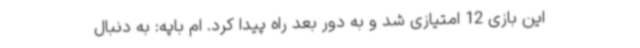
این بازی 12 امتیازی شد و به دور بعد راه پیدا کرد. ام باپه: به دنبال